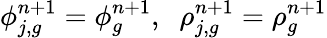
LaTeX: \phi_{j,g}^{n+1}=\phi_{g}^{n+1},\; \; \rho_{j,g}^{n+1}=\rho_{g}^{n+1}